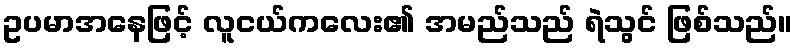
ဥပမာအနေဖြင့် လူငယ်ကလေး၏ အမည်သည် ရဲသွင် ဖြစ်သည်။